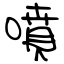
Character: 噴